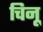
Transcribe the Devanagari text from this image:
चिनू